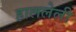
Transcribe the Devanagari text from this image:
हाललेली